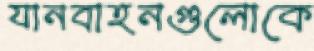
যানবাহনগুলোকে